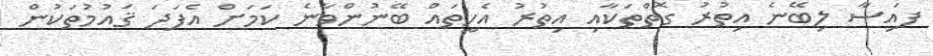
ފައިސާ ލިބޭނެ އިތުރު ގޮތްތަކާއި އިތުރު އެހީތައް ބޭނުންވާނެ ކަމަށް އެފަދަ ޤައުމުތަކުން